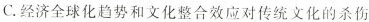
C.经济全球化趋势和文化整合效应对传统文化的杀伤